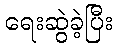
ရေးဆွဲခဲ့ပြီး